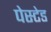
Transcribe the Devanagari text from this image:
पेस्टेड